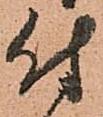
付